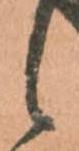
候